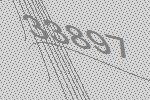
33897